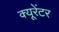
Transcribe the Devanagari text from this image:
क्यूरेंटर